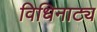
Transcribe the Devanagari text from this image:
विधिनाट्य